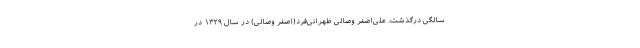
سالگی درگذشت. علی‌اصغر وصالی طهرانی‌فرد(اصغر وصالی) در سال ۱۳۲۹ در